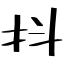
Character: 抖